Annual report on the working of the lock hospitals in the North-Western Provinces and Oudh
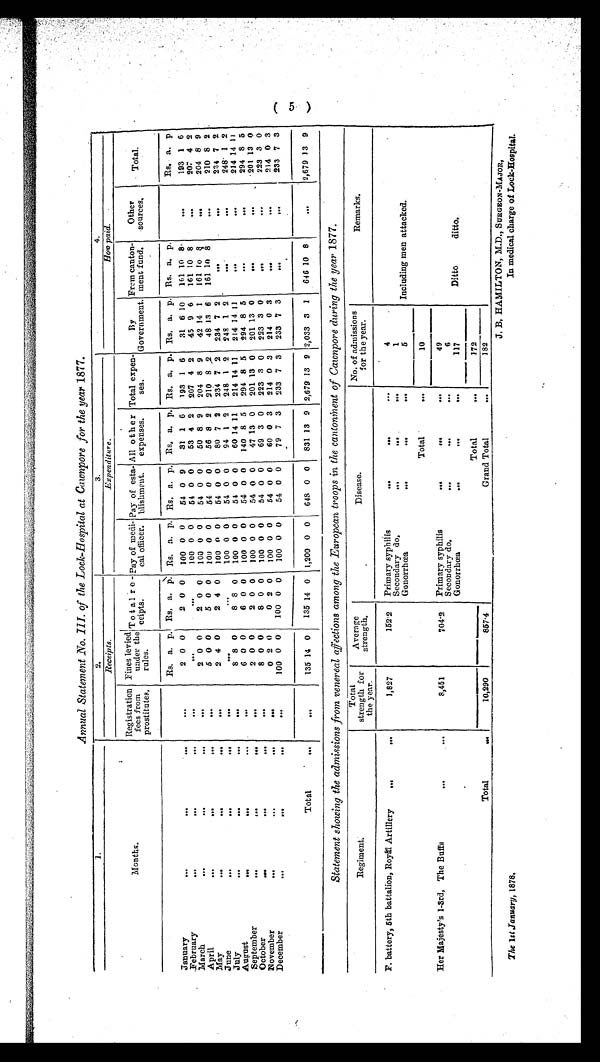
Annual Statement No, III. of the Lock-Hospital at Cawnpore for the year 1877.
1.
2.
3.
4.
Months.
Receipts.
Expenditure.
How paid.
Registration
fees from
prostitutes,
Fines levied
under
the rules.
Tot al r ecei pt s. Pay of medi-
cal officer.
Pay of esta-
blishment.
All other
expenses.
Total expen-
s e s .
By
Government.
From canton-
ment fund.
Other
sources,
Tot a l
Rs. a. p. Ra. a
p Rs. a. p. Rs. a. p. Rs. a. p. Rs. a. p. Rs. a. p. Rs. a. p.
Rs. a. p
January
...
. . .
...
...
2 0 0
2 0 0 100 0 0
54 0 9
31 1 6
193 1 6
31 6 10
101 10 8 ...
193 1 6
February
...
...
...
...
...
. . .
100 0 0
54 0 0
53 4 2 207 4 2
45 9 6
161 10 8
. . .
207 4 2
March
...
...
...
. . .
2 0 0
2 0 0 100 0 0
54 0 0
50 8 9
204 8 9
42 14 1
161 10 8
. . . 204 8 9
April
...
...
...
...
5 0 0
5 0 0 100 0 0
54 0 0
56 8 2 210 8 .2
48 13 6
161 10 8
. . . 210 8 2
May
...
. . .
...
. . .
2 4 0
2 4 0 100 0 0
54 0 0
80 7 2 234 7 2 234 7 2
...
. . . 234 7 2
June
...
. . .
...
. . .
. . .
. . .
100 0 0
54 0 0
94 1 2 248 1 2 241 1 2 ...
. . . 248' 1 2
July ... ...
...
. . .
8 8 0
8 8 0
100 0 0
54 0 0
60 14 11
214 14 11
214 14 11
...
. . . 214 14 11
August
...
. . .
...
. . .
6 0 0
6 0 0
100 0 0
54 0 0 140 8 5 294 8 5 294 8 5
. . .
. . . 294 8 6
September
...
. . .
. . .
. . .
2 0 0
2 0 0
100 0 0
54 0 0
47 13 0
201 13 0 201 13 0
...
201 13 0
October
...
. . .
...
. . .
8 0 0
8 0 0
100 0 0
54 0 0
69 3 0 223 3 0 223 3 0
223 3 0
November
...
. .
...
. . .
0 2 0
0 2 0 100 0 0
54 0 0
60 0 3 214 0 3 214 0 3
. . .
. . . 214 0 3
December
. •
. . .
...
. . .
100 0 0
100 0 0
100 0 0
54 0 0
79 7 3
233 7 3 233 7 3
...
...
233 7 3
Total
...
. . .
135 14 0
135 14 0 1,200 0 0 648 0 0 831 13 9 2,679 13 9. 2,033 3 1
646 10 8
. . .
2,679 13 9
Statement showing the admissions from venereal affections among the European troops in the cantonment of Cawnpore during the year 1877.
Regiment.
Total
strength for
the year.
Average
strength.
Disease.
No. of admissions
for the year.
Remarks.
F. battery, 5th battalion, Royal Artillery ... ...
1,827
152.2 Primary syphilis
...
. . .
. . .
4
Including men attacked.
Secondary do,
...
. .
...
1
Gonorrhœa
...
. . .
. . .
5
Her Majesty's 1-3rd, The Buffs
...
...
8,451
704.2
Total
...
10
Primary syphilis
...
...
...
49
Ditto
ditto.
Secondary do.
...
. . .
. . .
6
Gonorrhœa
...
. . .
...
117
Total
. . .
10,290857.4
Total
...
172
Grand Total
. . .
182
The 1st January, 1878,
J. B. HAMILTON, M.D., SURGEON-MAJOR,
In medical charge of Lock-Hospital.